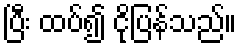
ပြီး ထပ်၍ ငိုပြန်သည်။